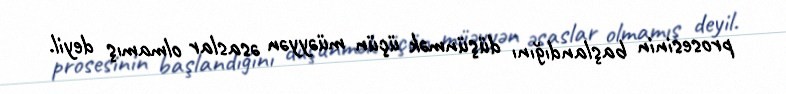
prosesinin başlandığını düşünmək üçün müəyyən əsaslar olmamış deyil.